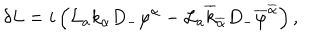
\delta L = i \left( { \cal L } _ { a } k _ { \alpha } D _ { - } \varphi ^ { \alpha } - { \cal L } _ { a } \overline { { { k } } } _ { \overline { { { \alpha } } } } D _ { - } \overline { { { \varphi } } } ^ { \overline { { { \alpha } } } } \right) ,